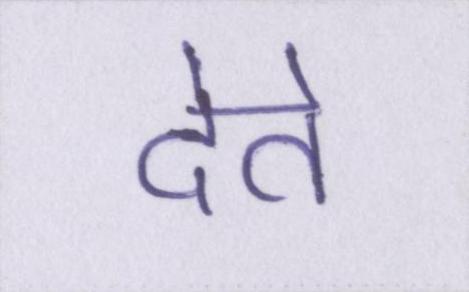
देते